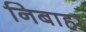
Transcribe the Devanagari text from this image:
निबाहा